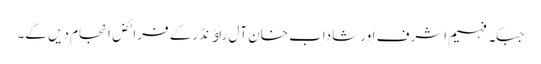
جبکہ فہیم اشرف اور شاداب خان آل راﺅنڈر کے فرائض انجام دیں گے۔